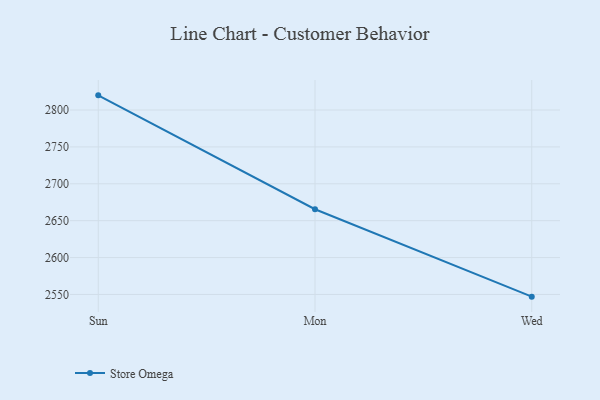
{"axis": {"x": "Day", "y": "Headcount"}, "legend": ["Store Omega"], "data": [{"x": "Sun", "y": 2819.9, "type": "Store Omega"}, {"x": "Mon", "y": 2665.5, "type": "Store Omega"}, {"x": "Wed", "y": 2547.0, "type": "Store Omega"}]}